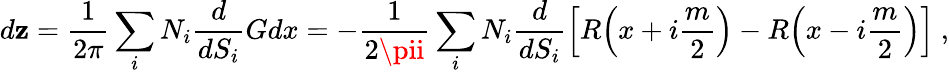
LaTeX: d\mathbf{z}=\frac{{1}}{{2\pi}}\sum_{i}N_{i}\frac{{d}}{{dS_{i}}}Gdx=-\frac{{1}}{{2\pii}}\sum_{i}N_{i}\frac{{d}}{{dS_{i}}}\Big[R\Big(x+i\frac{{m}}{{2}}\Big)-R\Big(x-i\frac{{m}}{{2}}\Big)\Big]\ ,